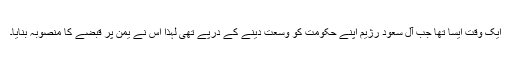
ایک وقت ایسا تھا جب آل سعود رژیم اپنے حکومت کو وسعت دینے کے درپے تھی لہذا اس نے یمن پر قبضے کا منصوبہ بنایا۔